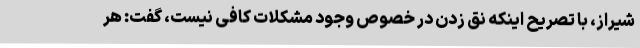
شیراز، با تصریح اینکه نق زدن در خصوص وجود مشکلات کافی نیست، گفت: هر